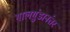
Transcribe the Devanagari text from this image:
गालगुंडानंतर